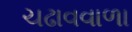
ચઢાવવાળા